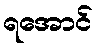
ရအောင်